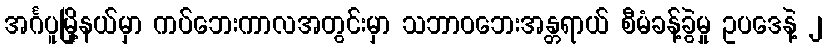
အင်္ဂပူမြို့နယ်မှာ ကပ်ဘေးကာလအတွင်းမှာ သဘာဝဘေးအန္တရာယ် စီမံခန့်ခွဲမှု ဥပဒေနဲ့ ၂